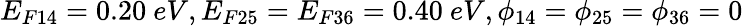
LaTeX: E_{F14}=0.20~eV,E_{F25}=E_{F36}=0.40~eV,\phi_{14}=\phi_{25}=\phi_{36}=0